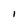
Character: I